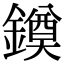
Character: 䥖